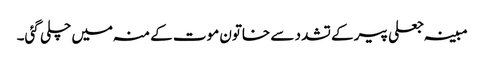
مبینہ جعلی پیر کے تشدد سے خاتون موت کے منہ میں چلی گئی۔